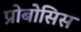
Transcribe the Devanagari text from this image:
प्रोबोसिस